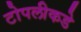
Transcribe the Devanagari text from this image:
टोपलीकडे